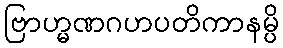
ဗြာဟ္မဏဂဟပတိကာနမ္ပိ